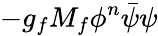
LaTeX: -g_{f}M_{f}\phi^{n}\bar{\psi}\psi